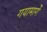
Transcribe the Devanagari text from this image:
गयामार्गे